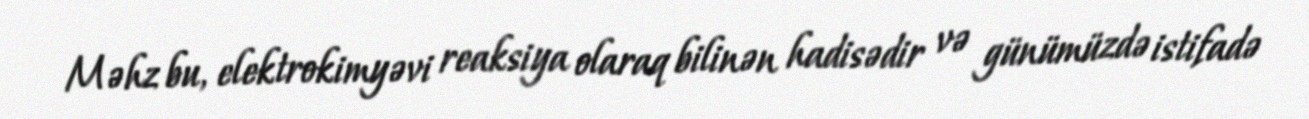
Məhz bu, elektrokimyəvi reaksiya olaraq bilinən hadisədir və günümüzdə istifadə